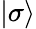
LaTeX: |\sigma\rangle